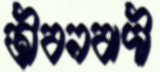
জীবনবাদী